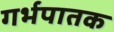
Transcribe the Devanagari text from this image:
गर्भपातक